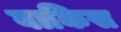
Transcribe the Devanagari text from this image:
बाकिस